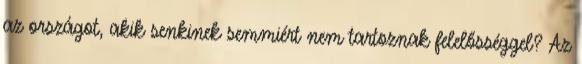
az országot, akik senkinek semmiért nem tartoznak felelősséggel? Az